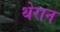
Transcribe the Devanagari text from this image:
थेरान